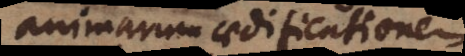
animarum aedificationem